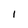
Character: l